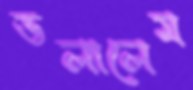
ডলালেম